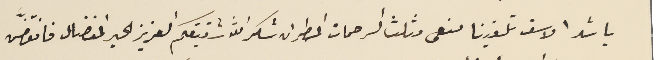
باشد الاسف تلقينا منعى مثلث الرحمات المطران شكر الله شقيقكم العزيز الحبر المفضال فانقضّ